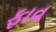
ફાવ